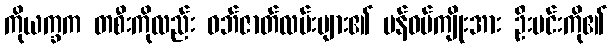
ကိုယက္ခက တစီးကိုလည်း ဝဘ်ဇာတ်လမ်းများ၏ မန်ဝမ်ကျိုးအား ဦးမင်းကို၏